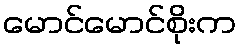
မောင်မောင်စိုးက